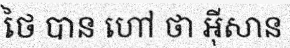
ថៃ បាន ហៅ ថា អ៊ីសាន